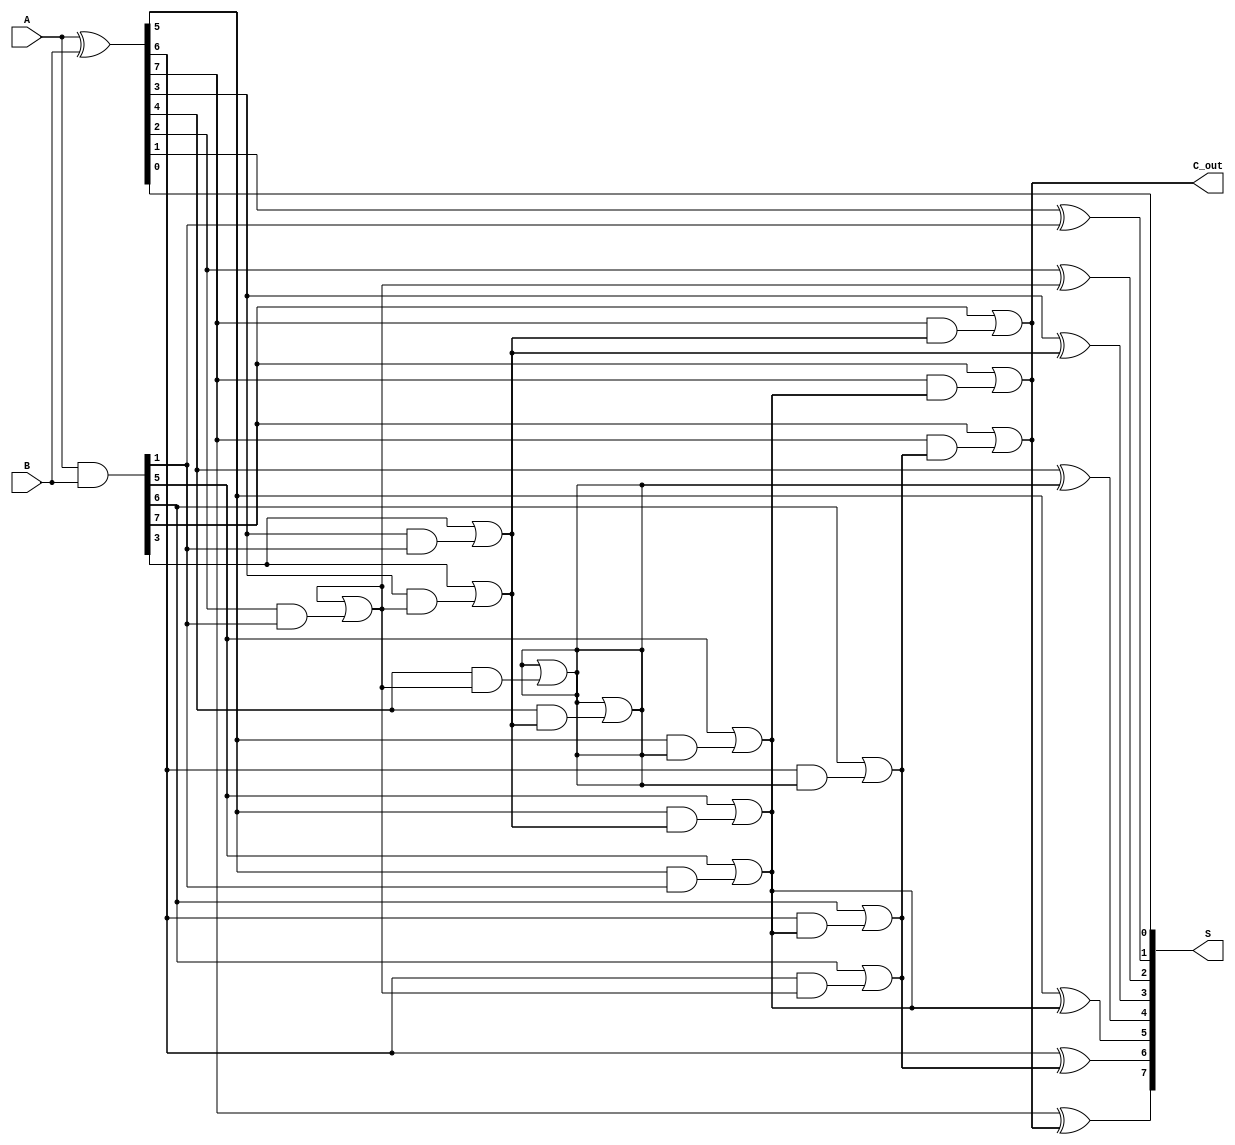
module KoggeStoneAdder #(parameter N = 8) (
    input  [N-1:0] A,      // First input
    input  [N-1:0] B,      // Second input
    output [N-1:0] S,      // Sum output
    output        C_out     // Carry out
);

    // Generate and Propagate signals
    wire [N-1:0] G; // Generate signals
    wire [N-1:0] P; // Propagate signals
    wire [N-1:0] C; // Carry signals

    // Generate and Propagate calculations
    assign G = A & B;        // Generate
    assign P = A ^ B;        // Propagate

    // Stage 0: Initial carry signals
    assign C[0] = 1'b0; // Initial carry-in is 0

    // Kogge-Stone Prefix Network
    genvar i, j;
    generate
        // Compute carry signals for each stage
        for (j = 0; j < $clog2(N); j = j + 1) begin : stage
            for (i = 0; i < N; i = i + 1) begin : carry
                if (i >= (1 << j)) begin
                    assign C[i] = G[i] | (P[i] & C[i - (1 << j)]);
                end else begin
                    assign C[i] = C[i]; // Carry remains the same for this stage
                end
            end
        end
    endgenerate

    // Final carry out
    assign C_out = C[N-1];

    // Sum calculation
    generate
        for (i = 0; i < N; i = i + 1) begin : sum
            assign S[i] = P[i] ^ C[i]; // Sum calculation
        end
    endgenerate

endmodule